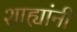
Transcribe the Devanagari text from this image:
शाह्यांनी